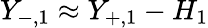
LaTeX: Y_{-,1}\approx Y_{+,1}-H_{1}